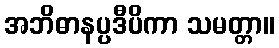
အဘိဓာနပ္ပဒီပိကာ သမတ္တာ။